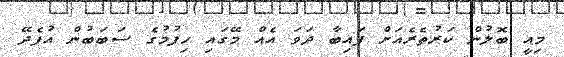
މިއީ ބޮލުން ކަރުތެރެއަށް ފައިބާ ދަވަ އެއް މޭގައި ހިފުމުގެ ސަބަބުން އުފެދޭ